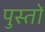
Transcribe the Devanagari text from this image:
पुस्तों